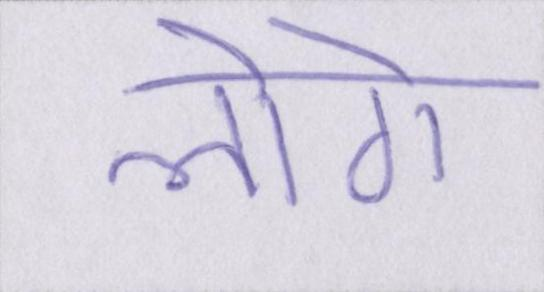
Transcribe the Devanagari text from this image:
लोगे